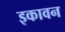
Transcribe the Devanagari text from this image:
इकावन